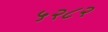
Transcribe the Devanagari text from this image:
५२८२